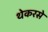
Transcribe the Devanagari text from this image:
थेकरसे